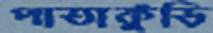
পাতাকুঁড়ি